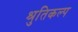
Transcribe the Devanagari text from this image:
श्रुतिकल्प